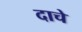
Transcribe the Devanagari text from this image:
दाचे